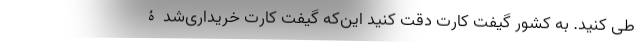
طی کنید. به کشور گیفت کارت دقت کنید این‌که گیفت‌ کارت خریداری‌شدۀ